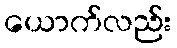
ယောက်လည်း